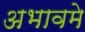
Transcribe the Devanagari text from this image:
अभावमे